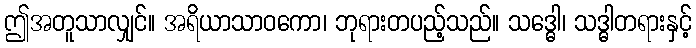
ဤအတူသာလျှင်။ အရိယာသာဝကော၊ ဘုရားတပည့်သည်။ သဒ္ဓေါ၊ သဒ္ဓါတရားနှင့်